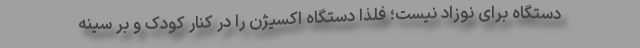
دستگاه برای نوزاد نیست؛ فلذا دستگاه اکسیژن را در کنار کودک و بر سینه